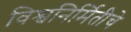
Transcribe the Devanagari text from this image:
विश्वनिर्मितीचे